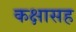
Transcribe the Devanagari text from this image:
कक्षासह